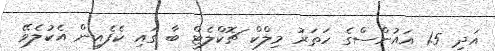
އަދި 1.5 އައުންސްގެ ހަތަރު މިލްކް ޗޮކްލެޓް ބާ ގައި ކެފެއިން އެކުލެވޭ